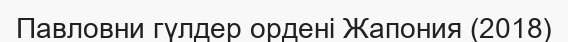
Павловни гүлдер ордені Жапония (2018)